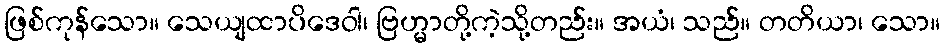
ဖြစ်ကုန်သော။ သေယျထာပိဒေဝါ၊ ဗြဟ္မာတို့ကဲ့သို့တည်း။ အယံ၊ သည်။ တတိယာ၊ သော။